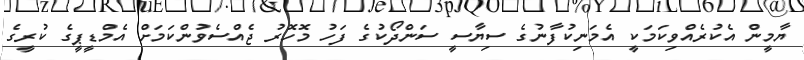
ޔާމީން އެކުރެއްވިކަމަކީ އެމަނިކުފާނުގެ ސިޔާސީ ސަންދޯކުގެ ފަހު މޮހޮރު ޖެއްސެވުންކަމަށް އެމްޑީޕީގެ ކުރީގެ